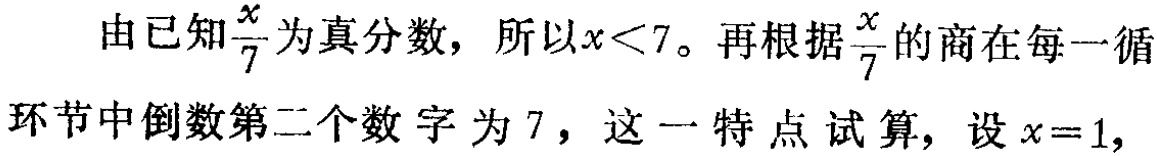
由已知$\frac{x}{7}$为真分数，所以$x<7$。再根据$\frac{x}{7}$的商在每一循环节中倒数第二个数字为$7$，这一特点试算，设$x = 1,$